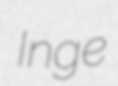
Inge